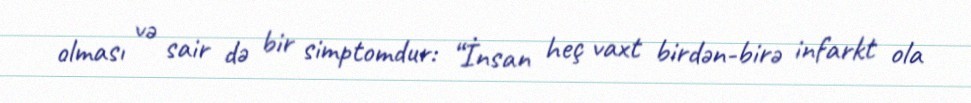
olması və sair də bir simptomdur: “İnsan heç vaxt birdən-birə infarkt ola